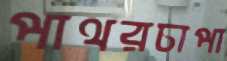
পাথরচাপা